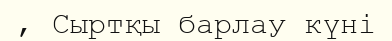
, Сыртқы барлау күні